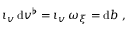
\iota _ { v } \, \mathrm { d } v ^ { \flat } = \iota _ { v } \, \omega _ { \xi } = \mathrm { d } b \ ,